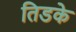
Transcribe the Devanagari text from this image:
तिडके